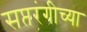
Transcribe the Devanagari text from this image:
सप्तरंगीच्या